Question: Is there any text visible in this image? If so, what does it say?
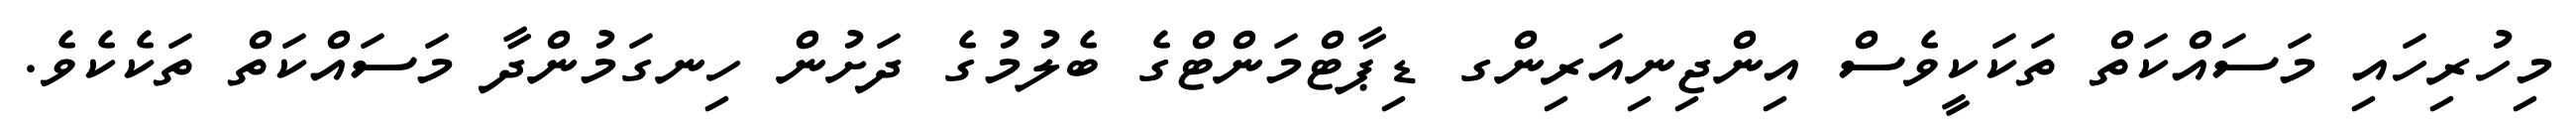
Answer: މިހުރިހައި މަސައްކަތް ތަކަކީވެސް އިންޖިނިއަރިންގ ޑިޕާޓްމަންޓްގެ ބެލުމުގެ ދަށުން ހިނގަމުންދާ މަސައްކަތް ތަކެކެވެ.